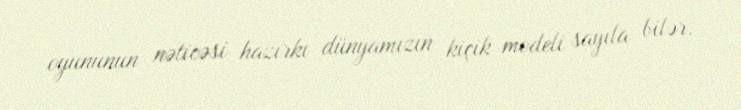
oyununun nəticəsi hazırkı dünyamızın kiçik modeli sayıla bilər.